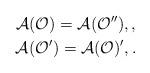
LaTeX: \begin{gather*}\mathcal{A}(\mathcal{O})=\mathcal{A}(\mathcal{O}^{\prime\prime}), ,\\\mathcal{A}(\mathcal{O}^{\prime})= \mathcal{A}(\mathcal{O})^{\prime}, .\end{gather*}